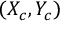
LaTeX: ( X _ { c } , Y _ { c } )